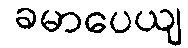
ခမာပေယျ